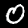
Label: 0